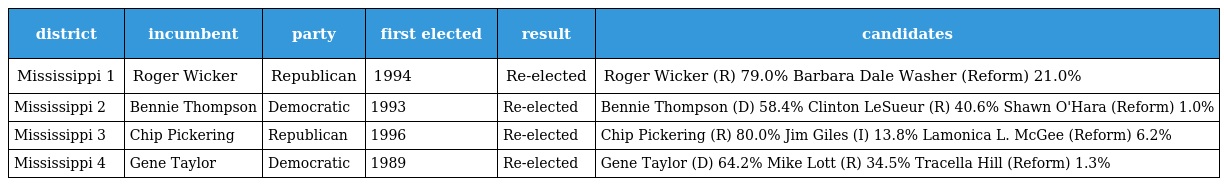
| district | incumbent | party | first elected | result | candidates |
 | --- | --- | --- | --- | --- | --- |
 | Mississippi 1 | Roger Wicker | Republican | 1994 | Re-elected | Roger Wicker (R) 79.0% Barbara Dale Washer (Reform) 21.0% |
 | Mississippi 2 | Bennie Thompson | Democratic | 1993 | Re-elected | Bennie Thompson (D) 58.4% Clinton LeSueur (R) 40.6% Shawn O'Hara (Reform) 1.0% |
 | Mississippi 3 | Chip Pickering | Republican | 1996 | Re-elected | Chip Pickering (R) 80.0% Jim Giles (I) 13.8% Lamonica L. McGee (Reform) 6.2% |
 | Mississippi 4 | Gene Taylor | Democratic | 1989 | Re-elected | Gene Taylor (D) 64.2% Mike Lott (R) 34.5% Tracella Hill (Reform) 1.3% |